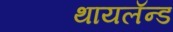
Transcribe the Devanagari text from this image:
थायलॅन्ड